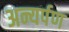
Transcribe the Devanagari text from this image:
अन्यर्पण